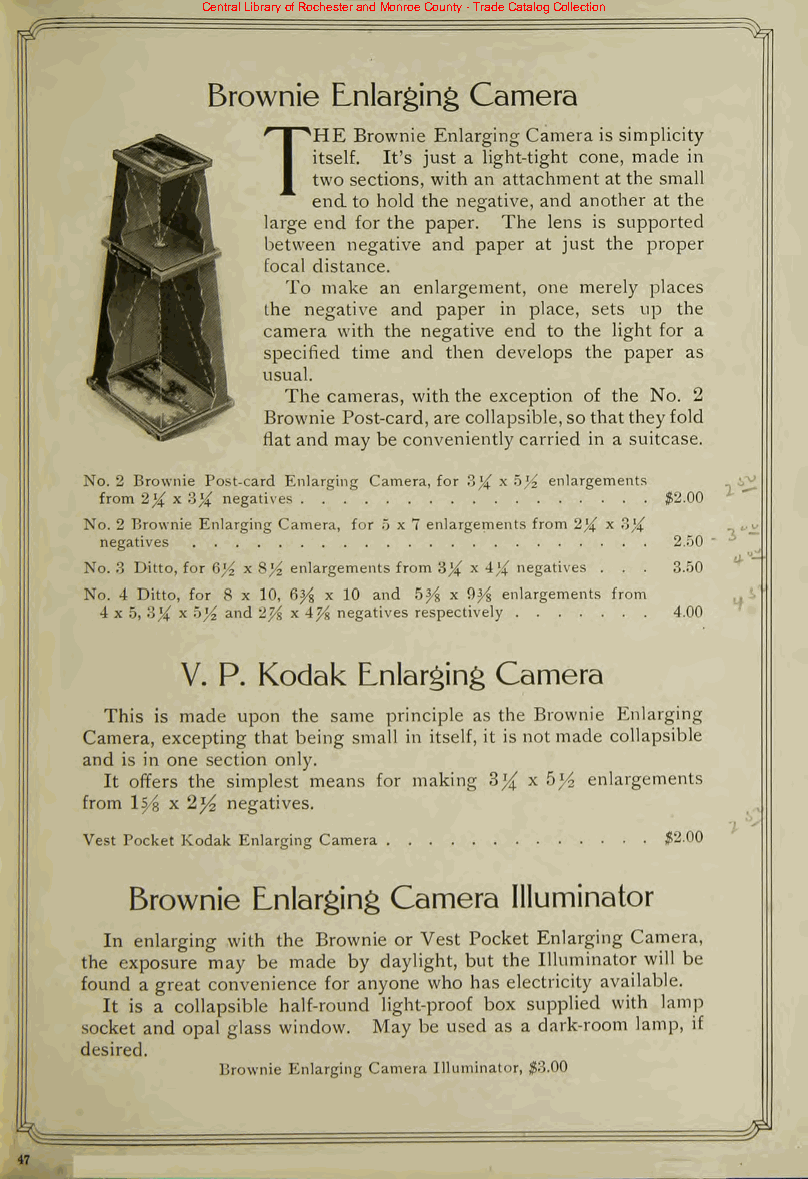
Central Library of Rochester and Monroe County - Trade Catalog Collection
 Brownie Enlarging Camera
 Brownie Enlarging Camera is simplicity
 THE
 itself. It's just a light-tight cone, made in
 two sections, with an attachment atthe small
 endto hold the negative, and another at the
 large end for the paper. The lens is supported
 between negative and paper at just the proper
 focal distance.
 To make an enlargement, one merely places
 the negative and paper in place, sets up the
 camera with the negative end to the light for a
 specified time and then develops the paper as
 usual.
 The cameras, withthe exception of the No. 2
 Brownie Post-card, are collapsible,sothattheyfold
 flat and may be convenientlycarried in a suitcase.
 No. 2 Brownie Post-card Enlarging Camera, for 3% x b)4 enlargements i^>
 from 2% x 3% negatives               $2.00
 No. 2 Brownie Enlarging Camera, for 5x7 enlargements from 2)4 x ?>)
 negatives                             2.50
 No. 3 Ditto, for 6^2 x 8)4 enlargements from 3)4 x 4){ negatives . . . 3.50
 No. 4 Ditto, for 8 x 10, 6^ x 10 and 5^ x 9^g enlargements from
 4 x 5, 3)4 x hyz and 2^j x 4% negatives respectively 4.00
 V. P. Kodak Enlarging Camera
 This is made upon the same principle as the Brownie Enlarging
 Camera, excepting that being small in itself, it is notmade collapsible
 and is in one section only.
 It offers the simplest means for making 3^ x 5/2 enlargements
 from lfyi x 2*4 negatives.
 Vest Pocket Kodak Enlarging Camera    $2.00
 Brownie Enlarging Camera Illuminator
 In enlarging with the Brownie or Vest Pocket Enlarging Camera,
 the exposure may be made by daylight, but the Illuminator will be
 found a great convenience for anyone who has electricity available.
 It is a collapsible half-round light-proof box supplied with lamp
 socket and opal glass window. May be used as a dark-room lamp, if
 desired.
 Brownie Enlarging Camera Illuminator, $3.00
 ^